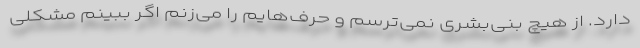
دارد. از هیچ بنی‌بشری نمی‌ترسم و حرف‌هایم را می‌زنم اگر ببینم مشکلی